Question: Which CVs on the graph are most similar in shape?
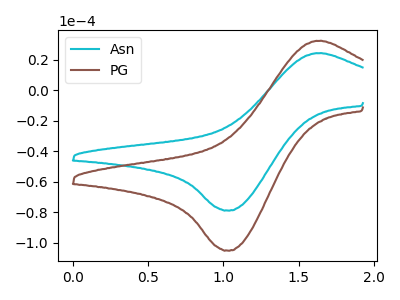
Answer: <think>The cyan curve "Asn" has an anodic peak at (1.60V, 24.15uA) and a cathodic peak at (1.05V, -78.85uA). The brown curve "PG" has an anodic peak at (1.60V, 32.20uA) and a cathodic peak at (1.05V, -105.10uA).
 All the peaks in "Asn" have a peak in "PG" at the same potential. Every peak in "Asn" is lower than every peak in "PG".</think>
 <answer>"Asn" and "PG" have the same shape and are likely CV's of the same chemical.</answer>
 <eval>"Asn" "PG"</eval>